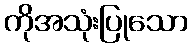
ကိုအသုံးပြုသော